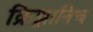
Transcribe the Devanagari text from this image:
क्रिझ़ानिच